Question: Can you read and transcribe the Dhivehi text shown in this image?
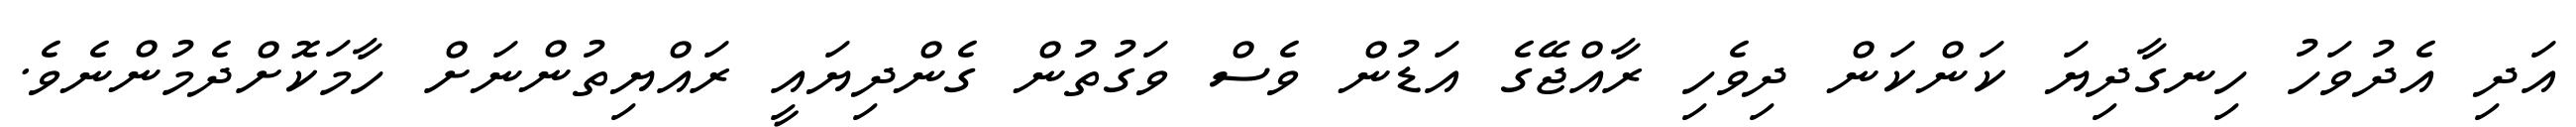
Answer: އަދި އެދުވަހު ހިނގާދިޔަ ކަންކަން ދިވެހި ރާއްޖޭގެ އަޑުން ވެސް ވަގުތުން ގެންދިޔައީ ރައްޔިތުންނަށް ހާމަކޮށްދެމުންނެވެ.